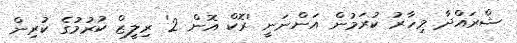
ޝްރައްދާ މިހާރު ކުރަމުން އަންނަނީ 'ރޮކް އޮން 2' ރިލީޒް ކުރުމުގެ ކުރިން